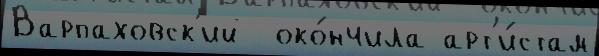
Варпаховск'ий  око́нчила арт'и́стам